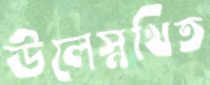
উলেস্নখিত